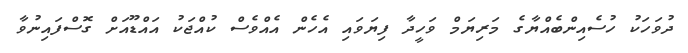
ދުވަހަކު ހުސެއިންބެއްޔާގެ މަރިޔަމް ވަހީދާ ފިޔަވައި އެހެން އެއްވެސް ކުއްޖަކު އައްޑޫއަށް ގޮސްފައިނުވާ